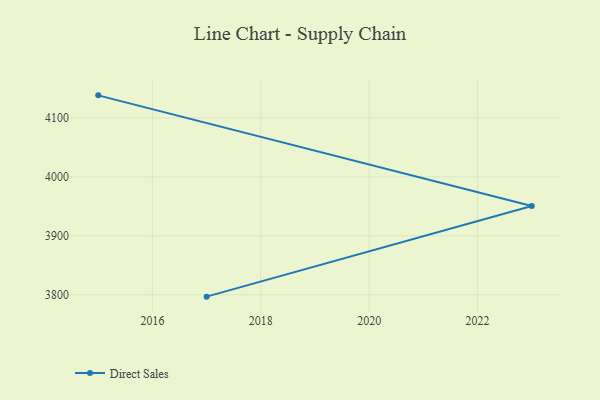
{"axis": {"x": "Year", "y": "Inventory Turnover"}, "legend": ["Direct Sales"], "data": [{"x": "2017", "y": 3796.8, "type": "Direct Sales"}, {"x": "2023", "y": 3950.5, "type": "Direct Sales"}, {"x": "2015", "y": 4138.2, "type": "Direct Sales"}]}